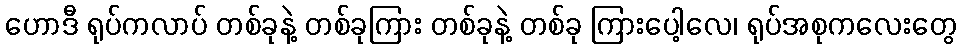
ဟောဒီ ရုပ်ကလာပ် တစ်ခုနဲ့ တစ်ခုကြား တစ်ခုနဲ့ တစ်ခု ကြားပေါ့လေ၊ ရုပ်အစုကလေးတွေ